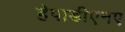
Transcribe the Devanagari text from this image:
हेपाडीएनए